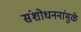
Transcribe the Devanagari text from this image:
संशोधननांमुळे